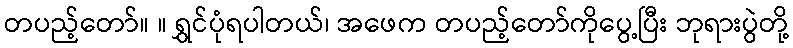
တပည့်တော်။ ။ ရွှင်ပုံရပါတယ်၊ အဖေက တပည့်တော်ကိုပွေ့ပြီး ဘုရားပွဲတို့